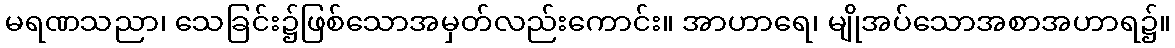
မရဏသညာ၊ သေခြင်း၌ဖြစ်သောအမှတ်လည်းကောင်း။ အာဟာရေ၊ မျိုအပ်သောအစာအဟာရ၌။